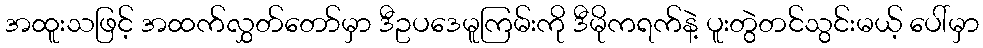
အထူးသဖြင့် အထက်လွှတ်တော်မှာ ဒီဥပဒေမူကြမ်းကို ဒီမိုကရက်နဲ့ ပူးတွဲတင်သွင်းမယ့် ပေါ်မှာ